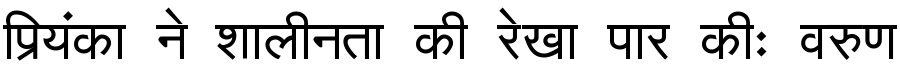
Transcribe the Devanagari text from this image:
प्रियंका ने शालीनता की रेखा पार कीः वरुण